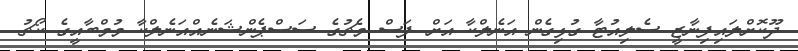
ދޫކޮށްލައިފިނާޒީ ސެލިއުޓާ ގުޅިގެން އަނެލްކާ އަށް ފަސް މެޗުގެ ސަސްޕެންޝަނެއްއަނެލްކާ މުމްބާއީގެ ކޯޗު